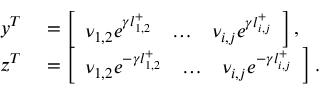
\begin{array} { r l } { \boldsymbol { y } ^ { T } } & { { } = \left[ \begin{array} { l l l } { \nu _ { 1 , 2 } e ^ { \gamma l _ { 1 , 2 } ^ { + } } } & { \ldots } & { \nu _ { i , j } e ^ { \gamma l _ { i , j } ^ { + } } } \end{array} \right] , } \\ { \boldsymbol { z } ^ { T } } & { { } = \left[ \begin{array} { l l l } { \nu _ { 1 , 2 } e ^ { - \gamma l _ { 1 , 2 } ^ { + } } } & { \ldots } & { \nu _ { i , j } e ^ { - \gamma l _ { i , j } ^ { + } } } \end{array} \right] . } \end{array}